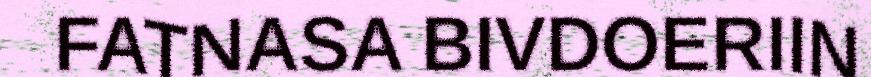
FATNASA BIVDOERIIN